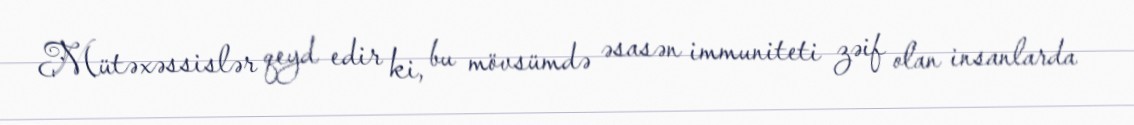
Mütəxəssislər qeyd edir ki, bu mövsümdə əsasən immuniteti zəif olan insanlarda